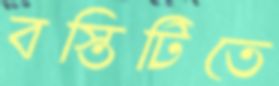
বস্তিটিতে